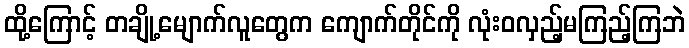
ထို့ကြောင့် တချို့မျောက်လူတွေက ကျောက်တိုင်ကို လုံးဝလှည့်မကြည့်ကြဘဲ